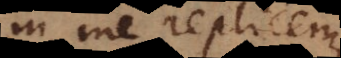
in me replicem,